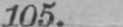
105.